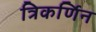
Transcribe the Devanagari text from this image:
त्रिकर्णिन